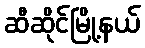
ဆီဆိုင်မြို့နယ်